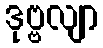
ဒုဗ္ဗလျာ